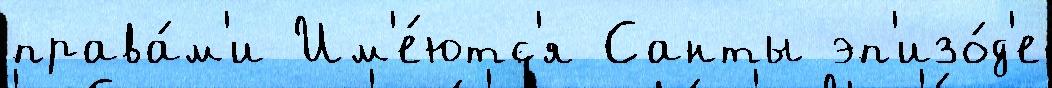
права́м'и Им'е́ютс'я Санты эп'изо́д'е